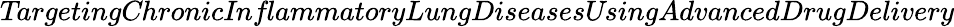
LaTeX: \textit{TargetingChronicInflammatoryLungDiseasesUsingAdvancedDrugDelivery}